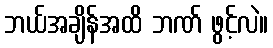
ဘယ်အချိန်အထိ ဘဏ် ဖွင့်လဲ။